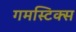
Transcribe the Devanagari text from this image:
गमस्टिक्स